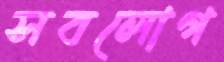
সবলোগ